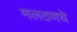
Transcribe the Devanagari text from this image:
मलठणचे